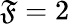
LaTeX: \mathfrak{F}=2